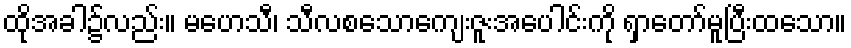
ထိုအခါ၌လည်း။ မဟေသီ၊ သီလစသောကျေးဇူးအပေါင်းကို ရှာတော်မူပြီးထသော။